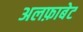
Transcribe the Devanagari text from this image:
अलफ़ाबेट